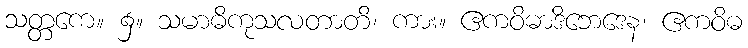
သတ္တကေ။ ၌။ သမာဓိကုသလတာတိ၊ ကား။ ဧကဝိဓာဒိဘေဒေန၊ ဧကဝိဓ